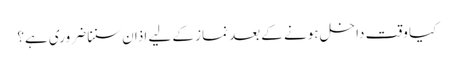
کیا وقت داخل ہونے کے بعد نماز کے لیے اذان سننا ضروری ہے؟